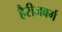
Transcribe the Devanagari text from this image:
हैरीजबर्ग